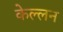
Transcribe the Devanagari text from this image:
केल्लन